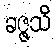
ခဇ္ဇသိ